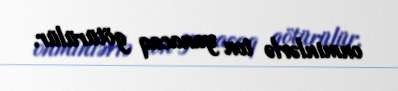
onminlərlə ton yanacaq götürülür.